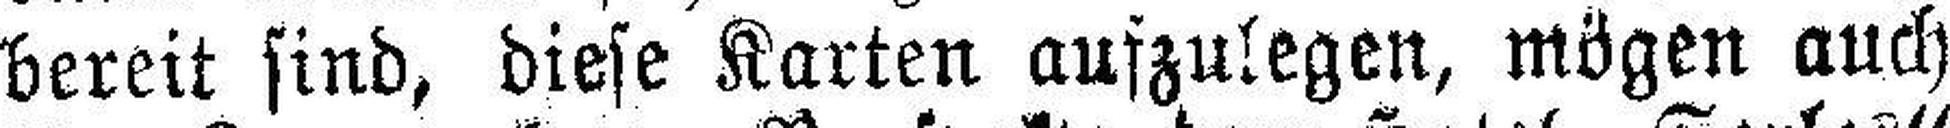
bereit sind, diese Karten aufzulegen, mögen auch